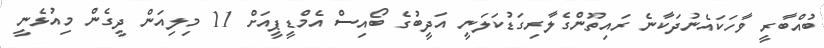
ބުއްބާރީ ވާހަކައެނުދަކާނެ ރައިތޫންގެލާރިގަޑުކަލަނީ އަދީބުގެ ބޯއިސް އެމްޑީޕީއަށް 11 މިލިއަން ދީގެން މިއުޅެނީ